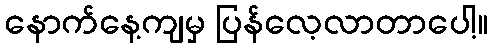
နောက်နေ့ကျမှ ပြန်လေ့လာတာပေါ့။